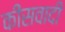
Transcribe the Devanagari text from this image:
कींसवादी